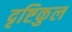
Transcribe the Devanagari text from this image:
दृष्टिकुल